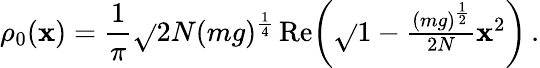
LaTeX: \rho_{0}(\mathbf{x})=\frac{{1}}{{\pi}}\sqrt{}{{2N}}(mg)^{\frac{{1}}{{4}}}\, \mathrm{{Re}}\! \left(\sqrt{}{{1-\textstyle{\frac{{(mg)^{\frac{{1}}{{2}}}}}{{2N}}}\mathbf{x}^{2}}}\right)\, .